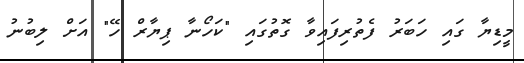
މީޑިޔާ ގައި ހަބަރު ފެތުރިފައިވާ ގޮތުގައި "ކަހޯނާ ޕިޔާރް ހޭ" އަށް ލިބުނު